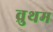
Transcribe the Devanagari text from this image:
व्रुथम